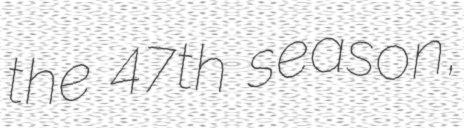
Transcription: the 47th season,